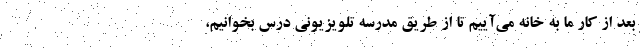
بعد از کار ما به خانه می‌آییم تا از طریق مدرسه تلویزیونی درس بخوانیم،